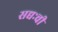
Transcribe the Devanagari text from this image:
सद्यःची